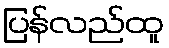
ပြန်လည်ထူ